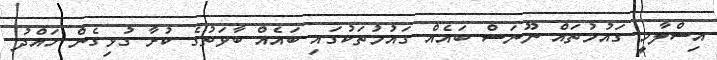
އިސްލާމީ ގައުމުތައް ނޫނަސް ބައެއް ގައުމުތަކުގައި ބައެއް ބާވަތުގެ ކުށާ ގުޅިގެން ހައްދު